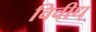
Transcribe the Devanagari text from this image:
विवीध्